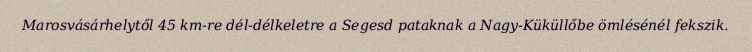
Marosvásárhelytől 45 km-re dél-délkeletre a Segesd pataknak a Nagy-Küküllőbe ömlésénél fekszik.